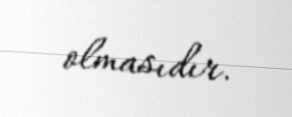
olmasıdır.